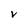
Character: V